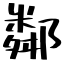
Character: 鄰